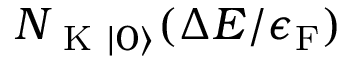
N _ { \mathrm { ~ K ~ } \lvert 0 \rangle } ( \Delta E / \epsilon _ { \mathrm { F } } )